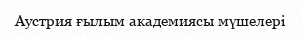
Аустрия ғылым академиясы мүшелері